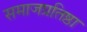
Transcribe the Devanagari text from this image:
समाजप्रतिष्ठा